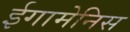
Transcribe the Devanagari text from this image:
ईगामेनिस